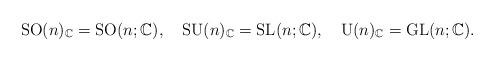
LaTeX: \begin{align*}\mathrm{SO}(n)_{\mathbb{C}}=\mathrm{SO}(n;\mathbb{C}),\quad\mathrm{SU}(n)_{\mathbb{C}}=\mathrm{SL}(n;\mathbb{C}),\quad\mathrm{U}(n)_{\mathbb{C}}=\mathrm{GL}(n;\mathbb{C}).\end{align*}